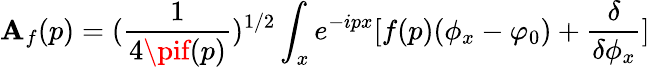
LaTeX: \mathbf{A}_{f}(p)=({\frac{{1}}{{4\pif(p)}}})^{1/2}\int_{x}e^{-ipx}[f(p)(\phi_{x}-\varphi_{0})+{\frac{{\delta}}{{\delta\phi_{x}}}}]